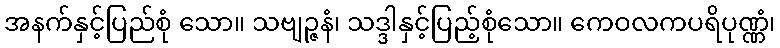
အနက်နှင့်ပြည်စုံ သော။ သဗျဉ္ဇနံ၊ သဒ္ဒါနှင့်ပြည့်စုံသော။ ကေဝလကပရိပုဏ္ဏံ၊